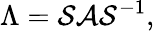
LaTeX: \Lambda=\mathcal{S}\mathcal{A}\mathcal{S}^{-1},